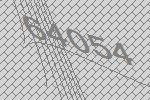
64054